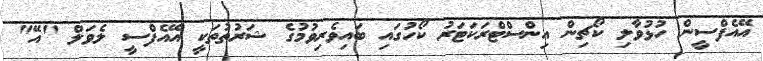
އޭއެފްސީން ހުޅުވާލި ކޯޗިން އިންސްޓްރަކަޓަރު ކޯހުގައި ބައިވެރިވުމުގެ ޝަރުތުތަކީ އޭއެފްސީ ލެވަލް "އޭ"